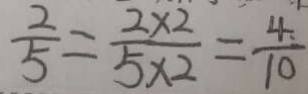
\frac { 2 } { 5 } = \frac { 2 \times 2 } { 5 \times 2 } = \frac { 4 } { 1 0 }